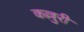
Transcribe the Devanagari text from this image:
कल्लुरी